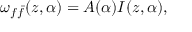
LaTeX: \omega _ { f \bar { f } } ( z , \alpha ) = A ( \alpha ) I ( z , \alpha ) ,